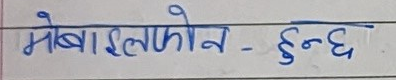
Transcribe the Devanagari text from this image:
मोबाइलफोन - हुन्छ